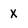
Character: x